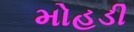
મોહડી